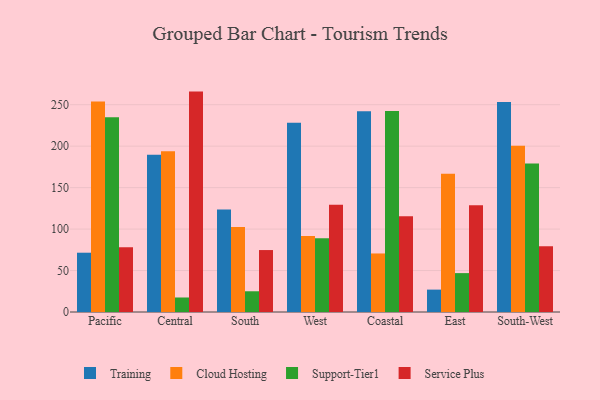
{"axis": {"x": "Region", "y": "Headcount"}, "legend": ["Cloud Hosting", "Service Plus", "Support-Tier1", "Training"], "data": [{"x": "Pacific", "y": 71.5, "type": "Training"}, {"x": "Pacific", "y": 253.9, "type": "Cloud Hosting"}, {"x": "Pacific", "y": 234.9, "type": "Support-Tier1"}, {"x": "Pacific", "y": 78.2, "type": "Service Plus"}, {"x": "Central", "y": 189.7, "type": "Training"}, {"x": "Central", "y": 193.9, "type": "Cloud Hosting"}, {"x": "Central", "y": 17.5, "type": "Support-Tier1"}, {"x": "Central", "y": 265.8, "type": "Service Plus"}, {"x": "South", "y": 123.7, "type": "Training"}, {"x": "South", "y": 102.5, "type": "Cloud Hosting"}, {"x": "South", "y": 25.0, "type": "Support-Tier1"}, {"x": "South", "y": 74.7, "type": "Service Plus"}, {"x": "West", "y": 228.3, "type": "Training"}, {"x": "West", "y": 91.8, "type": "Cloud Hosting"}, {"x": "West", "y": 88.8, "type": "Support-Tier1"}, {"x": "West", "y": 129.3, "type": "Service Plus"}, {"x": "Coastal", "y": 242.2, "type": "Training"}, {"x": "Coastal", "y": 70.6, "type": "Cloud Hosting"}, {"x": "Coastal", "y": 242.3, "type": "Support-Tier1"}, {"x": "Coastal", "y": 115.5, "type": "Service Plus"}, {"x": "East", "y": 27.0, "type": "Training"}, {"x": "East", "y": 166.6, "type": "Cloud Hosting"}, {"x": "East", "y": 46.9, "type": "Support-Tier1"}, {"x": "East", "y": 128.8, "type": "Service Plus"}, {"x": "South-West", "y": 253.4, "type": "Training"}, {"x": "South-West", "y": 200.6, "type": "Cloud Hosting"}, {"x": "South-West", "y": 179.2, "type": "Support-Tier1"}, {"x": "South-West", "y": 79.4, "type": "Service Plus"}]}